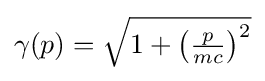
{\textstyle \gamma (p)={\sqrt {1+\left({\frac {p}{mc}}\right)^{2}}}}